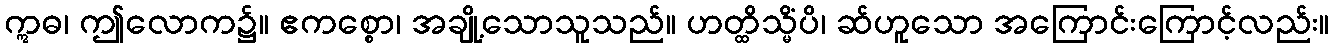
ဣဓ၊ ဤလောက၌။ ဧကစ္စော၊ အချို့သောသူသည်။ ဟတ္ထိသ္မိံပိ၊ ဆ်ဟူသော အကြောင်းကြောင့်လည်း။